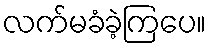
လက်မခံခဲ့ကြပေ။